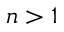
n > 1